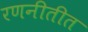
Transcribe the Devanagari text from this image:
रणनीतीत